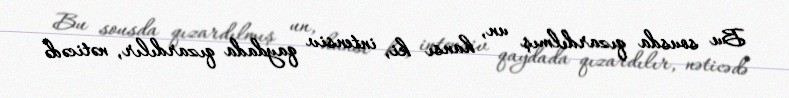
Bu sousda qızardılmış un, hansı ki, intensiv qaydada qızardılır, nəticədə